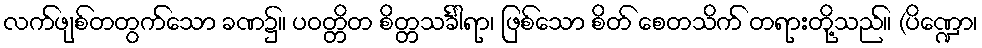
လက်ဖျစ်တတွက်သော ခဏ၌။ ပဝတ္တိတ စိတ္တသင်္ခါရာ၊ ဖြစ်သော စိတ် စေတသိက် တရားတို့သည်။ (ပိဏ္ဍော၊